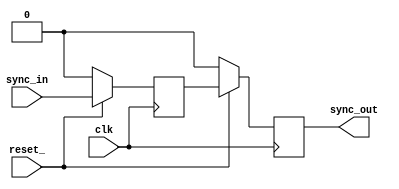

module sync_dd_c(
	input 	wire clk,
	input 	wire reset_, 
	input 	wire sync_in, 
	output	wire sync_out
	);

	reg	sync_in_p1;
	reg	sync_in_p2;

	always @(posedge clk)
	begin
		if (!reset_) begin
			sync_in_p1 	<= 1'b0;
			sync_in_p2 	<= 1'b0;
		end
		else begin
			sync_in_p1 	<= sync_in;
			sync_in_p2 	<= sync_in_p1;
		end
	end

	assign sync_out = sync_in_p2;

endmodule